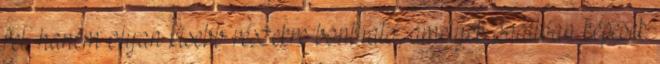
fel, hanem olyan kisebb részekre bontható, amelyek önállóan képesek